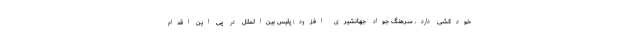
خودکشی دارد. سرهنگ جواد جهانشیری افزود: پلیس بین‌الملل در پی این اقدام